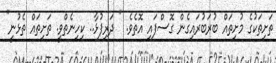
ތަށިތަކުގެ މުށިތައް ބުރަބުރައިގެން ގޮސްފައި އޮތެވެ. " ދަރިފުޅާ.. ކިހިނެތްވީ. ތަށިތައް ތެޅުނީ"